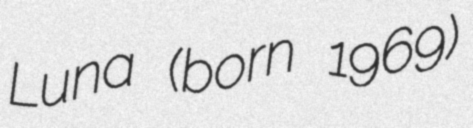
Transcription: Luna (born 1969)